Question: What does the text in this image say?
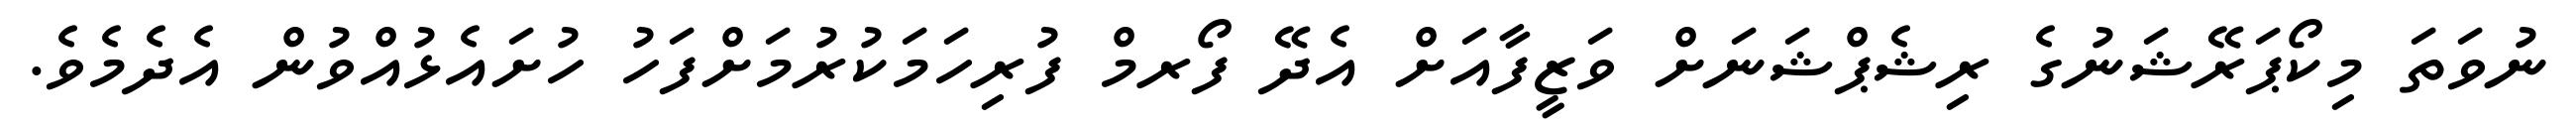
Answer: ނުވަތަ މިކޯޕަރޭޝަނުގެ ރިޝެޕްޝަނަށް ވަޒީފާއަށް އެދޭ ފޯރމް ފުރިހަމަކުރުމަށްފަހު ހުށައެޅުއްވުން އެދެމެވެ.